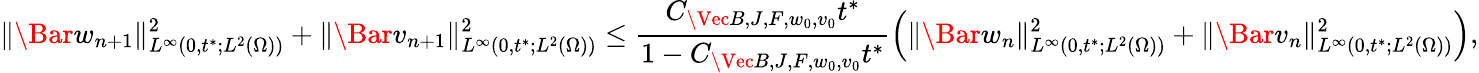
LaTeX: \| \Bar{w}_{n+1}\| _{L^{\infty}(0,t^{*};L^{2}(\Omega))}^{2}+\| \Bar{v}_{n+1}\| _{L^{\infty}(0,t^{*};L^{2}(\Omega))}^{2}\leq\frac{C_{\Vec{B},J,F,w_{0},v_{0}}t^{*}}{1-C_{\Vec{B},J,F,w_{0},v_{0}}t^{*}}\left(\| \Bar{w}_{n}\| _{L^{\infty}(0,t^{*};L^{2}(\Omega))}^{2}+\| \Bar{v}_{n}\| _{L^{\infty}(0,t^{*};L^{2}(\Omega))}^{2}\right),